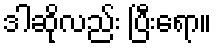
ဒါဆိုလည်း ပြီးရော။